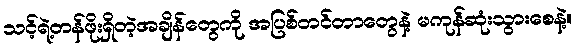
သင့်ရဲ့တန်ဖိုးရှိတဲ့အချိန်တွေကို အပြစ်တင်တာတွေနဲ့ မကုန်ဆုံးသွားစေနဲ့။